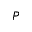
P